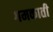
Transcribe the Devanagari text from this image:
गमकाती